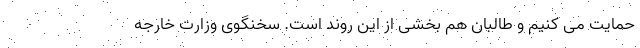
حمایت می کنیم و طالبان هم بخشی از این روند است. سخنگوی وزارت خارجه